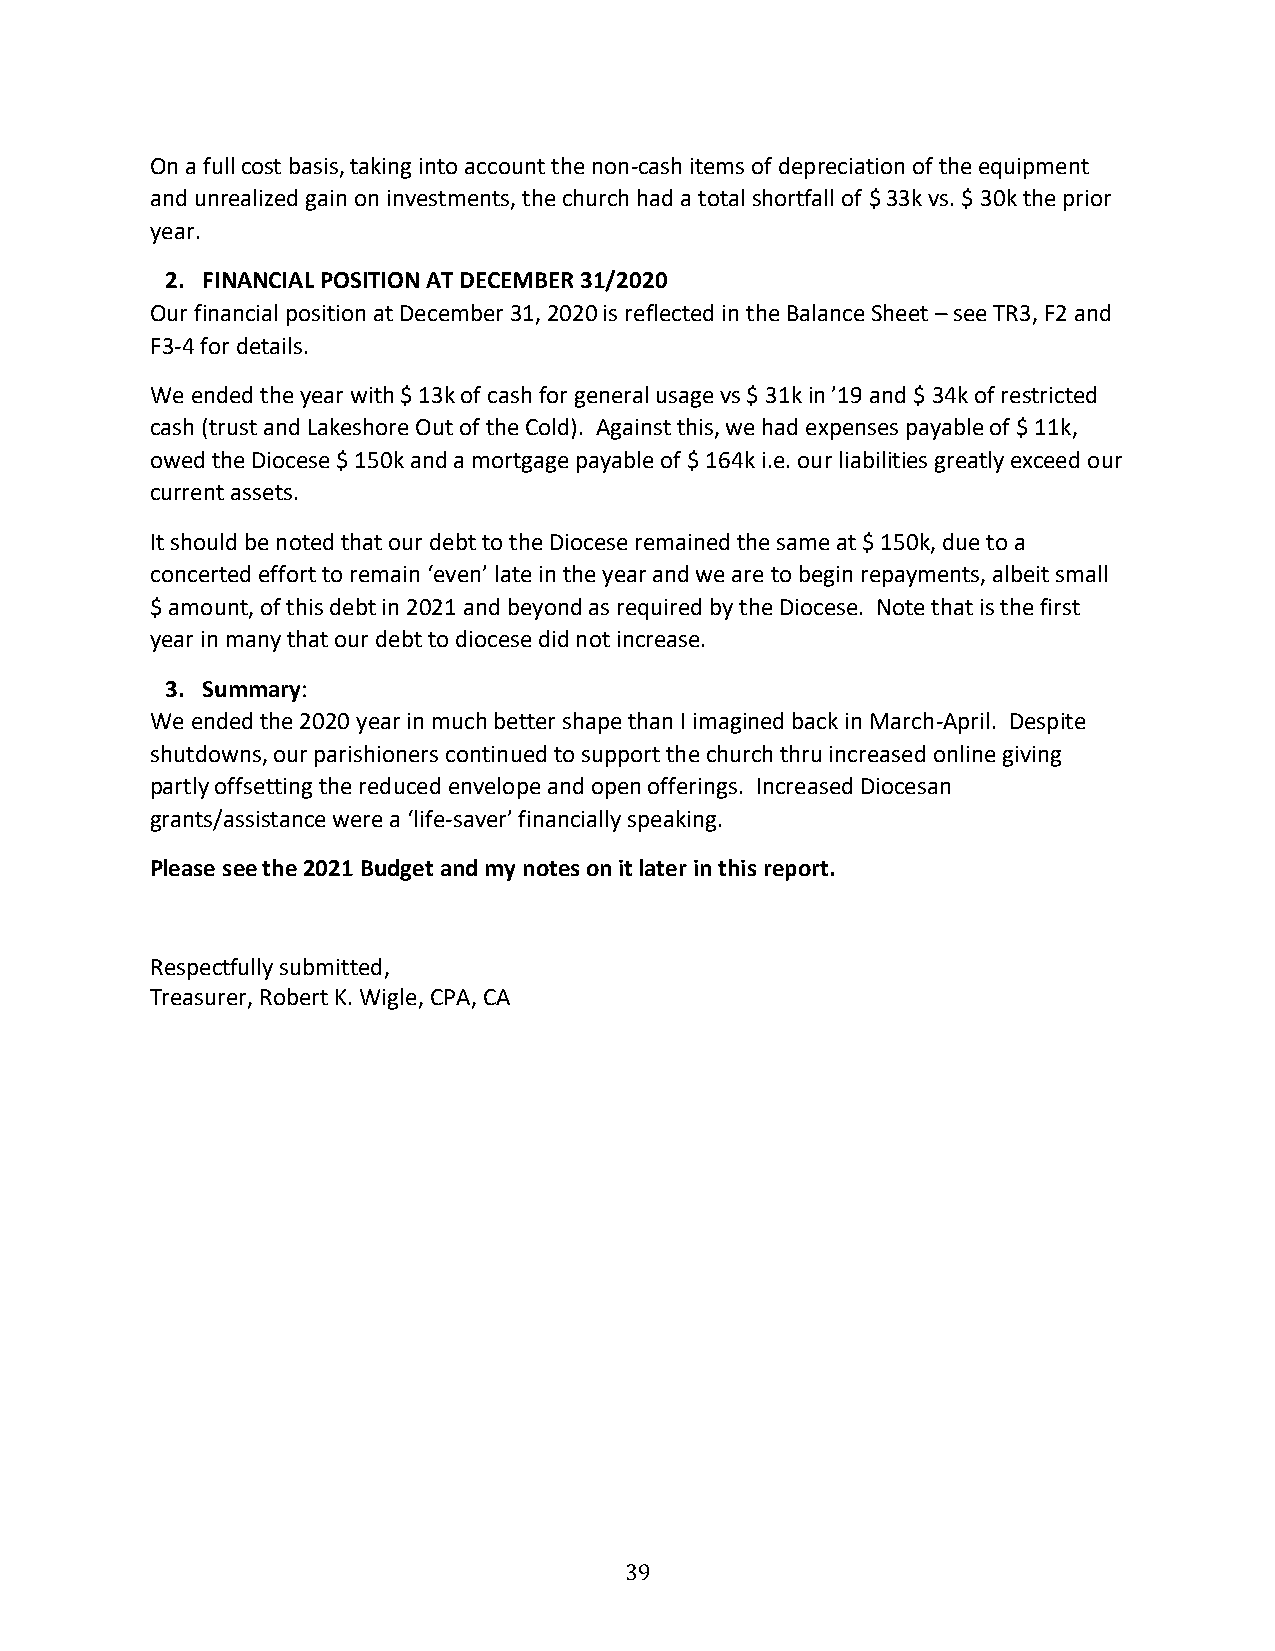
On a full cost basis, taking into account the non-cash items of depreciation of the equipment
 and unrealized gain on investments, the church had a total shortfall of $ 33k vs. $ 30k the prior
 year.
 2. FINANCIAL POSITION AT DECEMBER 31/2020
 Our financial position at December 31, 2020 is reflected in the Balance Sheet – see TR3, F2 and
 F3-4 for details.
 We ended the year with $ 13k of cash for general usage vs $ 31k in ’19 and $ 34k of restricted
 cash (trust and Lakeshore Out of the Cold). Against this, we had expenses payable of $ 11k,
 owed the Diocese $ 150k and a mortgage payable of $ 164k i.e. our liabilities greatly exceed our
 current assets.
 It should be noted that our debt to the Diocese remained the same at $ 150k, due to a
 concerted effort to remain ‘even’ late in the year and we are to begin repayments, albeit small
 $ amount, of this debt in 2021 and beyond as required by the Diocese. Note that is the first
 year in many that our debt to diocese did not increase.
 3. Summary:
 We ended the 2020 year in much better shape than I imagined back in March-April. Despite
 shutdowns, our parishioners continued to support the church thru increased online giving
 partly offsetting the reduced envelope and open offerings. Increased Diocesan
 grants/assistance were a ‘life-saver’ financially speaking.
 Please see the 2021 Budget and my notes on it later in this report.
 Respectfully submitted,
 Treasurer, Robert K. Wigle, CPA, CA
 39